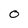
Character: 0